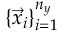
\{ \vec { x } _ { i } \} _ { i = 1 } ^ { n _ { y } }